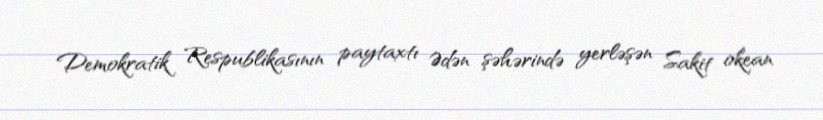
Demokratik Respublikasının paytaxtı Ədən şəhərində yerləşən Sakit okean